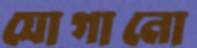
যোগানো